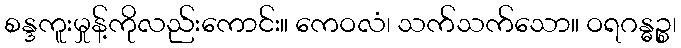
စန္ဒကူးမှုန့်ကိုလည်းကောင်း။ ကေဝလံ၊ သက်သက်သော။ ဝရဂန္ဓဉ္စ၊